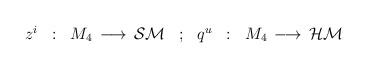
LaTeX: \begin{align*}\begin{array}{ccccccc}z^i & : & M_4 \, \longrightarrow \, {\cal SM} &; &q^u & : & M_4 \, \longrightarrow \, {\cal HM}\end{array}\end{align*}